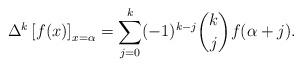
LaTeX: \begin{align*}\Delta^k \left[ f(x) \right]_{x=\alpha} = \sum_{j=0}^k (-1)^{k-j} \binom{k}{j} f(\alpha + j).\end{align*}